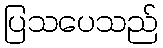
ပြသပေသည်